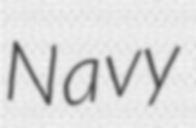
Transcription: Navy